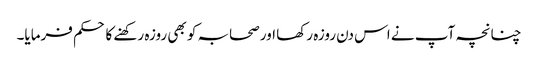
چنانچہ آپ نے اس دن روزہ رکھا اور صحابہ کو بھی روزہ رکھنے کا حکم فرمایا۔